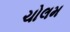
ચોલમ